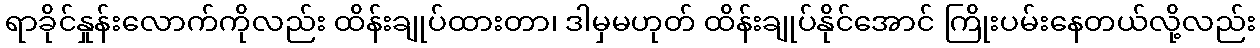
ရာခိုင်နှုန်းလောက်ကိုလည်း ထိန်းချုပ်ထားတာ၊ ဒါမှမဟုတ် ထိန်းချုပ်နိုင်အောင် ကြိုးပမ်းနေတယ်လို့လည်း